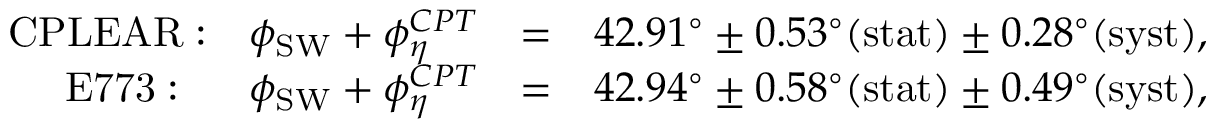
\begin{array} { r l r } { \mathrm { C P L E A R : } ~ ~ ~ \phi _ { \mathrm { S W } } + \phi _ { \eta } ^ { C P T } } & { = } & { 4 2 . 9 1 ^ { \circ } \pm 0 . 5 3 ^ { \circ } \mathrm { ( s t a t ) } \pm 0 . 2 8 ^ { \circ } \mathrm { ( s y s t ) } , } \\ { \mathrm { E 7 7 3 : ~ ~ } ~ ~ ~ \phi _ { \mathrm { S W } } + \phi _ { \eta } ^ { C P T } } & { = } & { 4 2 . 9 4 ^ { \circ } \pm 0 . 5 8 ^ { \circ } \mathrm { ( s t a t ) } \pm 0 . 4 9 ^ { \circ } \mathrm { ( s y s t ) } , } \end{array}